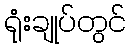
ရုံးချုပ်တွင်